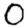
Digit: 0